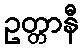
ဥတ္တာနီ